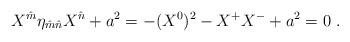
LaTeX: \begin{align*}X^{\hat m}\eta_{\hat m \hat n} X^{\hat n} + a^2 = - (X^0)^2 -X^+ X^-+ a^2 =0\ .\end{align*}